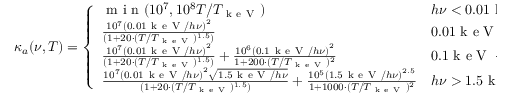
\kappa _ { a } ( \nu , T ) = \left\{ \begin{array} { l l } { \mathrm { ~ m ~ i ~ n ~ } ( 1 0 ^ { 7 } , 1 0 ^ { 8 } T / T _ { \mathrm { ~ k ~ e ~ V ~ } } ) } & { h \nu < 0 . 0 1 \mathrm { ~ k ~ e ~ V ~ } } \\ { \frac { 1 0 ^ { 7 } \left( 0 . 0 1 \mathrm { ~ k ~ e ~ V ~ } / h \nu \right) ^ { 2 } } { ( 1 + 2 0 \cdot ( T / T _ { \mathrm { ~ k ~ e ~ V ~ } } ) ^ { 1 . 5 } ) } } & { 0 . 0 1 \mathrm { ~ k ~ e ~ V ~ } < h \nu < 0 . 1 \mathrm { ~ k ~ e ~ V ~ } } \\ { \frac { 1 0 ^ { 7 } \left( 0 . 0 1 \mathrm { ~ k ~ e ~ V ~ } / h \nu \right) ^ { 2 } } { ( 1 + 2 0 \cdot ( T / T _ { \mathrm { ~ k ~ e ~ V ~ } } ) ^ { 1 . 5 } ) } + \frac { 1 0 ^ { 6 } \left( 0 . 1 \mathrm { ~ k ~ e ~ V ~ } / h \nu \right) ^ { 2 } } { 1 + 2 0 0 \cdot ( T / T _ { \mathrm { ~ k ~ e ~ V ~ } } ) ^ { 2 } } } & { 0 . 1 \mathrm { ~ k ~ e ~ V ~ } < h \nu < 1 . 5 \mathrm { ~ k ~ e ~ V ~ } } \\ { \frac { 1 0 ^ { 7 } \left( 0 . 0 1 \mathrm { ~ k ~ e ~ V ~ } / h \nu \right) ^ { 2 } \sqrt { 1 . 5 \mathrm { ~ k ~ e ~ V ~ } / h \nu } } { ( 1 + 2 0 \cdot ( T / T _ { \mathrm { ~ k ~ e ~ V ~ } } ) ^ { 1 . 5 } ) } + \frac { 1 0 ^ { 5 } \left( 1 . 5 \mathrm { ~ k ~ e ~ V ~ } / h \nu \right) ^ { 2 . 5 } } { 1 + 1 0 0 0 \cdot ( T / T _ { \mathrm { ~ k ~ e ~ V ~ } } ) ^ { 2 } } } & { h \nu > 1 . 5 \mathrm { ~ k ~ e ~ V ~ } . } \end{array} \right.